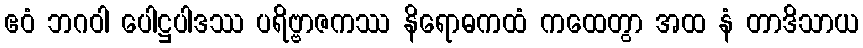
ဧဝံ ဘဂဝါ ပေါဋ္ဌပါဒဿ ပရိဗ္ဗာဇကဿ နိရောဓကထံ ကထေတွာ အထ နံ တာဒိသာယ